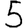
Digit: 5